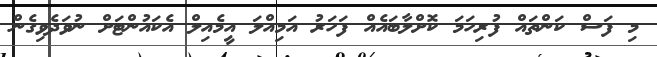
މި ފަސް ކަންތައް ފުރިހަމަ ކޮށްލާބައެއް ފަހަރު އަމިއްލަ އީމެއިލް އެކައުންޓަށް ނުވަދެވިގެން